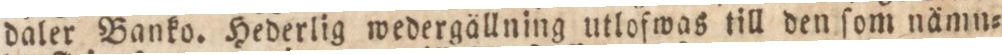
daler Banko, Hederlig wedergällning utlofwas till den ſom nämn=